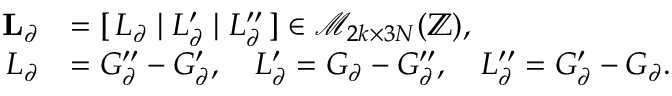
\begin{array} { r l } { \mathbf { L } _ { \partial } } & { = [ \, L _ { \partial } \; | \; L _ { \partial } ^ { \prime } \; | \; L _ { \partial } ^ { \prime \prime } \, ] \in \mathcal { M } _ { 2 k \times 3 N } ( \mathbb { Z } ) , } \\ { L _ { \partial } } & { = G _ { \partial } ^ { \prime \prime } - G _ { \partial } ^ { \prime } , \quad L _ { \partial } ^ { \prime } = G _ { \partial } - G _ { \partial } ^ { \prime \prime } , \quad L _ { \partial } ^ { \prime \prime } = G _ { \partial } ^ { \prime } - G _ { \partial } . } \end{array}